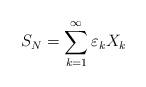
LaTeX: \begin{align*}S_{N} = \sum_{k=1}^{\infty} \varepsilon_k X_{k }\end{align*}